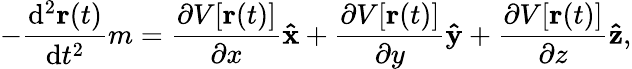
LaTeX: -{\frac{\mathrm{d}^{2}\mathbf{r}(t)}{\mathrm{d}t^{2}}}m={\frac{\partial V[\mathbf{r}(t)]}{\partial x}}\mathbf{\hat{x}}+{\frac{\partial V[\mathbf{r}(t)]}{\partial y}}\mathbf{\hat{y}}+{\frac{\partial V[\mathbf{r}(t)]}{\partial z}}\mathbf{\hat{z}},